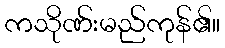
ကသိုဏ်းမည်ကုန်၏။